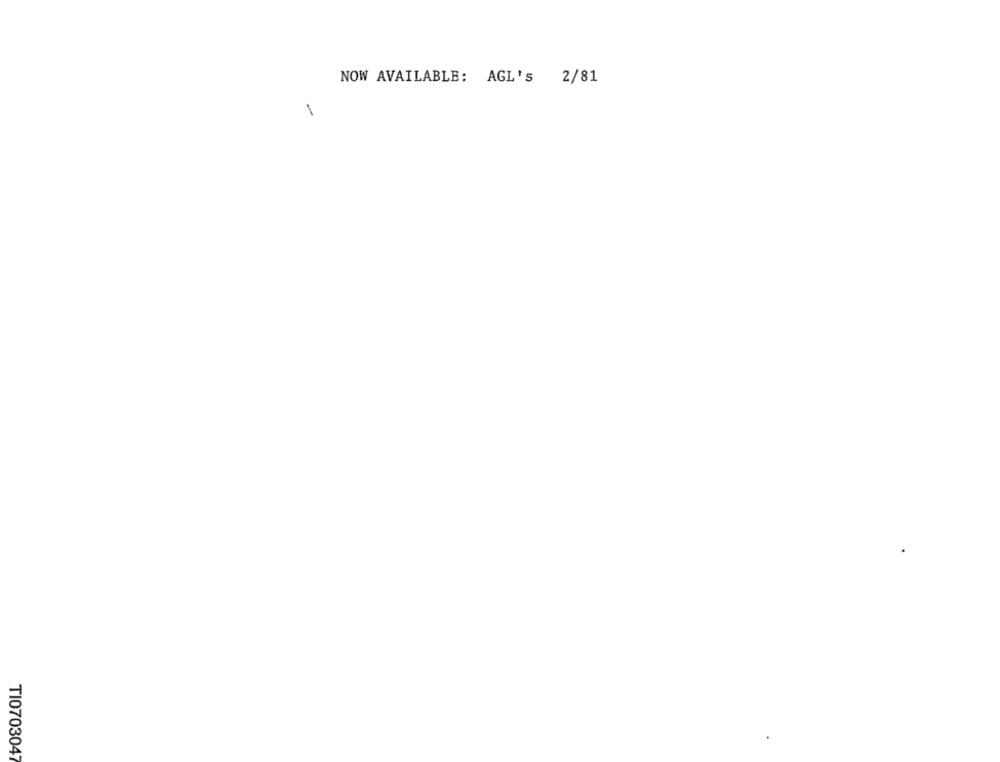
NOW AVAILABLE: AGL's 2/81
1
TI0703047